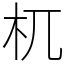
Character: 杌